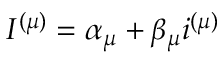
I ^ { ( \mu ) } = \alpha _ { \mu } + \beta _ { \mu } i ^ { ( \mu ) }